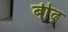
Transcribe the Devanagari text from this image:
बीढ़